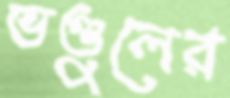
ভণ্ডুলের